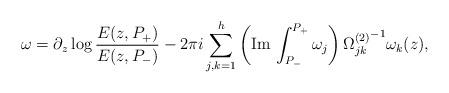
LaTeX: \begin{align*}\omega=\partial_z\log {E(z,P_+)\over E(z,P_-)}-2\pi i \sum_{j,k=1}^h\left({\rm Im}\,\int_{P_-}^{P_+}\omega_j\right){\Omega^{(2)}_{jk}}^{-1}\omega_k(z),\end{align*}